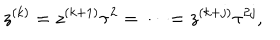
z ^ { ( k ) } = z ^ { ( k + 1 ) } \tau ^ { 2 } = \cdots = z ^ { ( k + j ) } \tau ^ { 2 j } ,